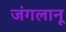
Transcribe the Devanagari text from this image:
जंगलानू